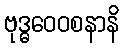
ဗုဒ္ဓဝေဝစနာနိ